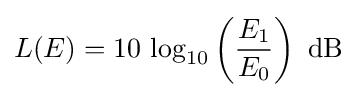
L(E)=10\,\log _{10}\left({\frac {E_{1}}{E_{0}}}\right)~{\text{dB}}